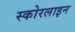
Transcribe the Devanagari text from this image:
स्कोरलाइन